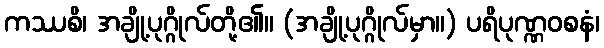
ကဿစိ၊ အချို့ပုဂ္ဂိုလ်တို့၏။ (အချို့ပုဂ္ဂိုလ်မှာ။) ပရိပုဏ္ဏဝစနံ၊